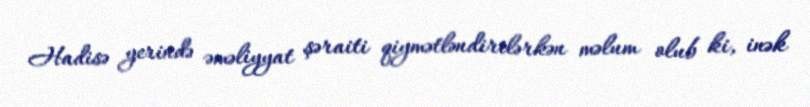
Hadisə yerində əməliyyat şəraiti qiymətləndirilərkən məlum olub ki, inək